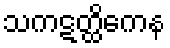
သကဋတ္ထိကေန